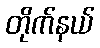
တိုက်နယ်